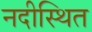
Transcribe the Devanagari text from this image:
नदीस्थित